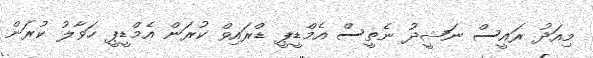
މިއަދު ރައީސް ނަޝީދު ނެތީސް އެމްޑީޕީ ޑްރައިވް ކުރަން އެމްޑީޕީ ހަވާލު ކުރަން